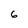
Character: 6